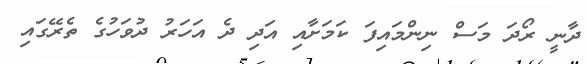
ދާނީ ރޯދަ މަސް ނިންމައިފަ ކަމަށާއި އަދި ދެ އަހަރު ދުވަހުގެ ތެރޭގައި